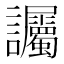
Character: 𫍘